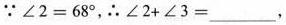
∵$$∠ 2 = 6 8 °$$，∴$$∠ 2 + ∠ 3 = ___ $$，